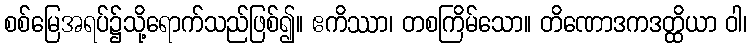
စစ်မြေအရပ်၌သို့ရောက်သည်ဖြစ်၍။ ဧကိဿာ၊ တစကြိမ်သော။ တိဏောဒကဒတ္ထိယာ ဝါ၊